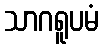
သာဂရူပမံ